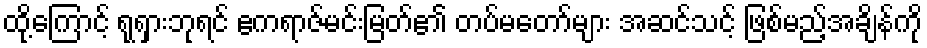
ထို့ကြောင့် ရုရှားဘုရင် ဧကရာဇ်မင်းမြတ်၏ တပ်မတော်များ အဆင်သင့် ဖြစ်မည့်အချိန်ကို